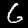
Label: 6